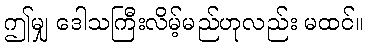
ဤမျှ ဒေါသကြီးလိမ့်မည်ဟုလည်း မထင်။